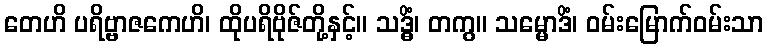
တေဟိ ပရိဗ္ဗာဇကေဟိ၊ ထိုပရိဗိုဇ်တို့နှင့်။ သဒ္ဓိံ၊ တကွ။ သမ္မောဒိံ၊ ဝမ်းမြောက်ဝမ်းသာ